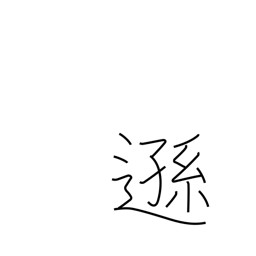
Meaning: humble